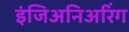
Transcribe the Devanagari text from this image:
इंजिअनिअरिंग